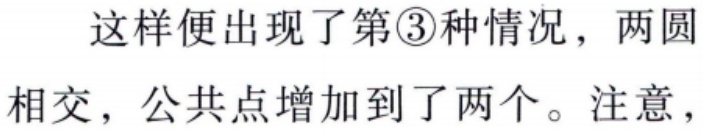
这样便出现了第\textcircled{3}种情况，两圆相交，公共点增加到了两个。注意，